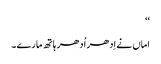
‘‘
اماں نے اِدھر اُدھر ہاتھ مارے ۔